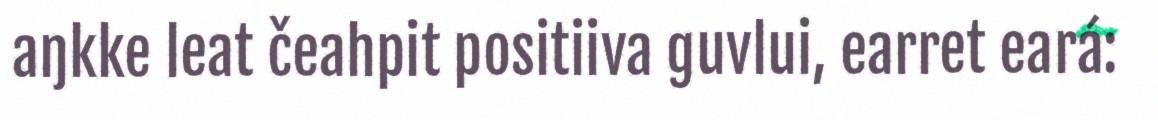
aŋkke leat čeahpit positiiva guvlui, earret eará: